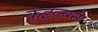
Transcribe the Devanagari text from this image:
कुइलग्ने